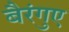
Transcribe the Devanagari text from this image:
बैरंगुए